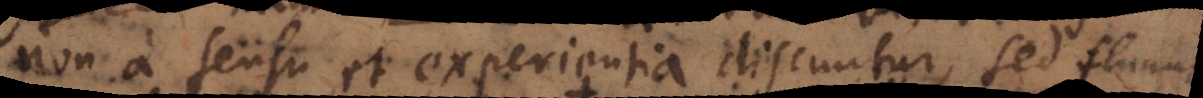
non a sensu et experientia discuntur, sed fluunt